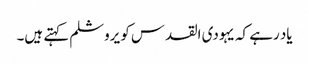
یاد رہے کہ یہودی القدس کو یروشلم کہتے ہیں۔